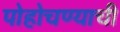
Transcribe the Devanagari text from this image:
पोहोचण्याची